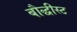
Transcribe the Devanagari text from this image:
बौद्धीस्ट